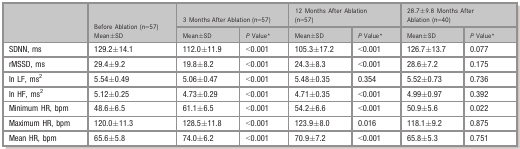
<table><thead><tr><td rowspan="2"></td><td rowspan="2"><b>Before Ablation (n=57) Mean±SD</b></td><td colspan="2"><b>3 Months After Ablation (n=57)</b></td><td colspan="2"><b>12 Months After Ablation (n=57)</b></td><td colspan="2"><b>28.7±9.8 Months After Ablation (n=40)</b></td></tr><tr><td><b>Mean±SD</b></td><td><b><i>P</i> Valuea</b></td><td><b>Mean±SD</b></td><td><b><i>P</i> Valuea</b></td><td><b>Mean±SD</b></td><td><b><i>P</i> Valuea</b></td></tr></thead><tbody><tr><td>SDNN, ms</td><td>129.2±14.1</td><td>112.0±11.9</td><td>&lt;0.001</td><td>105.3±17.2</td><td>&lt;0.001</td><td>126.7±13.7</td><td>0.077</td></tr><tr><td>rMSSD, ms</td><td>29.4±9.2</td><td>19.8±8.2</td><td>&lt;0.001</td><td>24.3±8.3</td><td>&lt;0.001</td><td>28.6±7.2</td><td>0.175</td></tr><tr><td>In LF, ms<sup>2</sup></td><td>5.54±0.49</td><td>5.06±0.47</td><td>&lt;0.001</td><td>5.48±0.35</td><td>0.354</td><td>5.52±0.73</td><td>0.736</td></tr><tr><td>In HF, ms<sup>2</sup></td><td>5.12±0.25</td><td>4.73±0.29</td><td>&lt;0.001</td><td>4.71±0.35</td><td>&lt;0.001</td><td>4.99±0.97</td><td>0.392</td></tr><tr><td>Minimum HR, bpm</td><td>48.6±6.5</td><td>61.1±6.5</td><td>&lt;0.001</td><td>54.2±6.6</td><td>&lt;0.001</td><td>50.9±5.6</td><td>0.022</td></tr><tr><td>Maximum HR, bpm</td><td>120.0±11.3</td><td>128.5±11.8</td><td>&lt;0.001</td><td>123.9±8.0</td><td>0.016</td><td>118.1±9.2</td><td>0.875</td></tr><tr><td>Mean HR, bpm</td><td>65.6±5.8</td><td>74.0±6.2</td><td>&lt;0.001</td><td>70.9±7.2</td><td>&lt;0.001</td><td>65.8±5.3</td><td>0.751</td></tr></tbody></table>